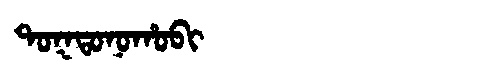
Manchu: ᡨᠣᡴᡨᠣᠨᠣᡥᠣᠪᡳ
Romanization: TOKTONOHOBI